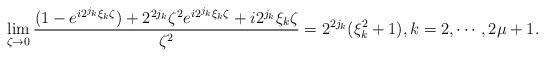
LaTeX: \begin{align*}\lim\limits_{\zeta\to0}\frac{(1-e^{i2^{j_k}\xi_k\zeta})+2^{2j_k}\zeta^2e^{i2^{j_k}\xi_k\zeta}+i2^{j_k}\xi_k\zeta}{\zeta^2}=2^{2j_k}(\xi_k^2+1), k=2,\cdots, 2\mu+1.\end{align*}